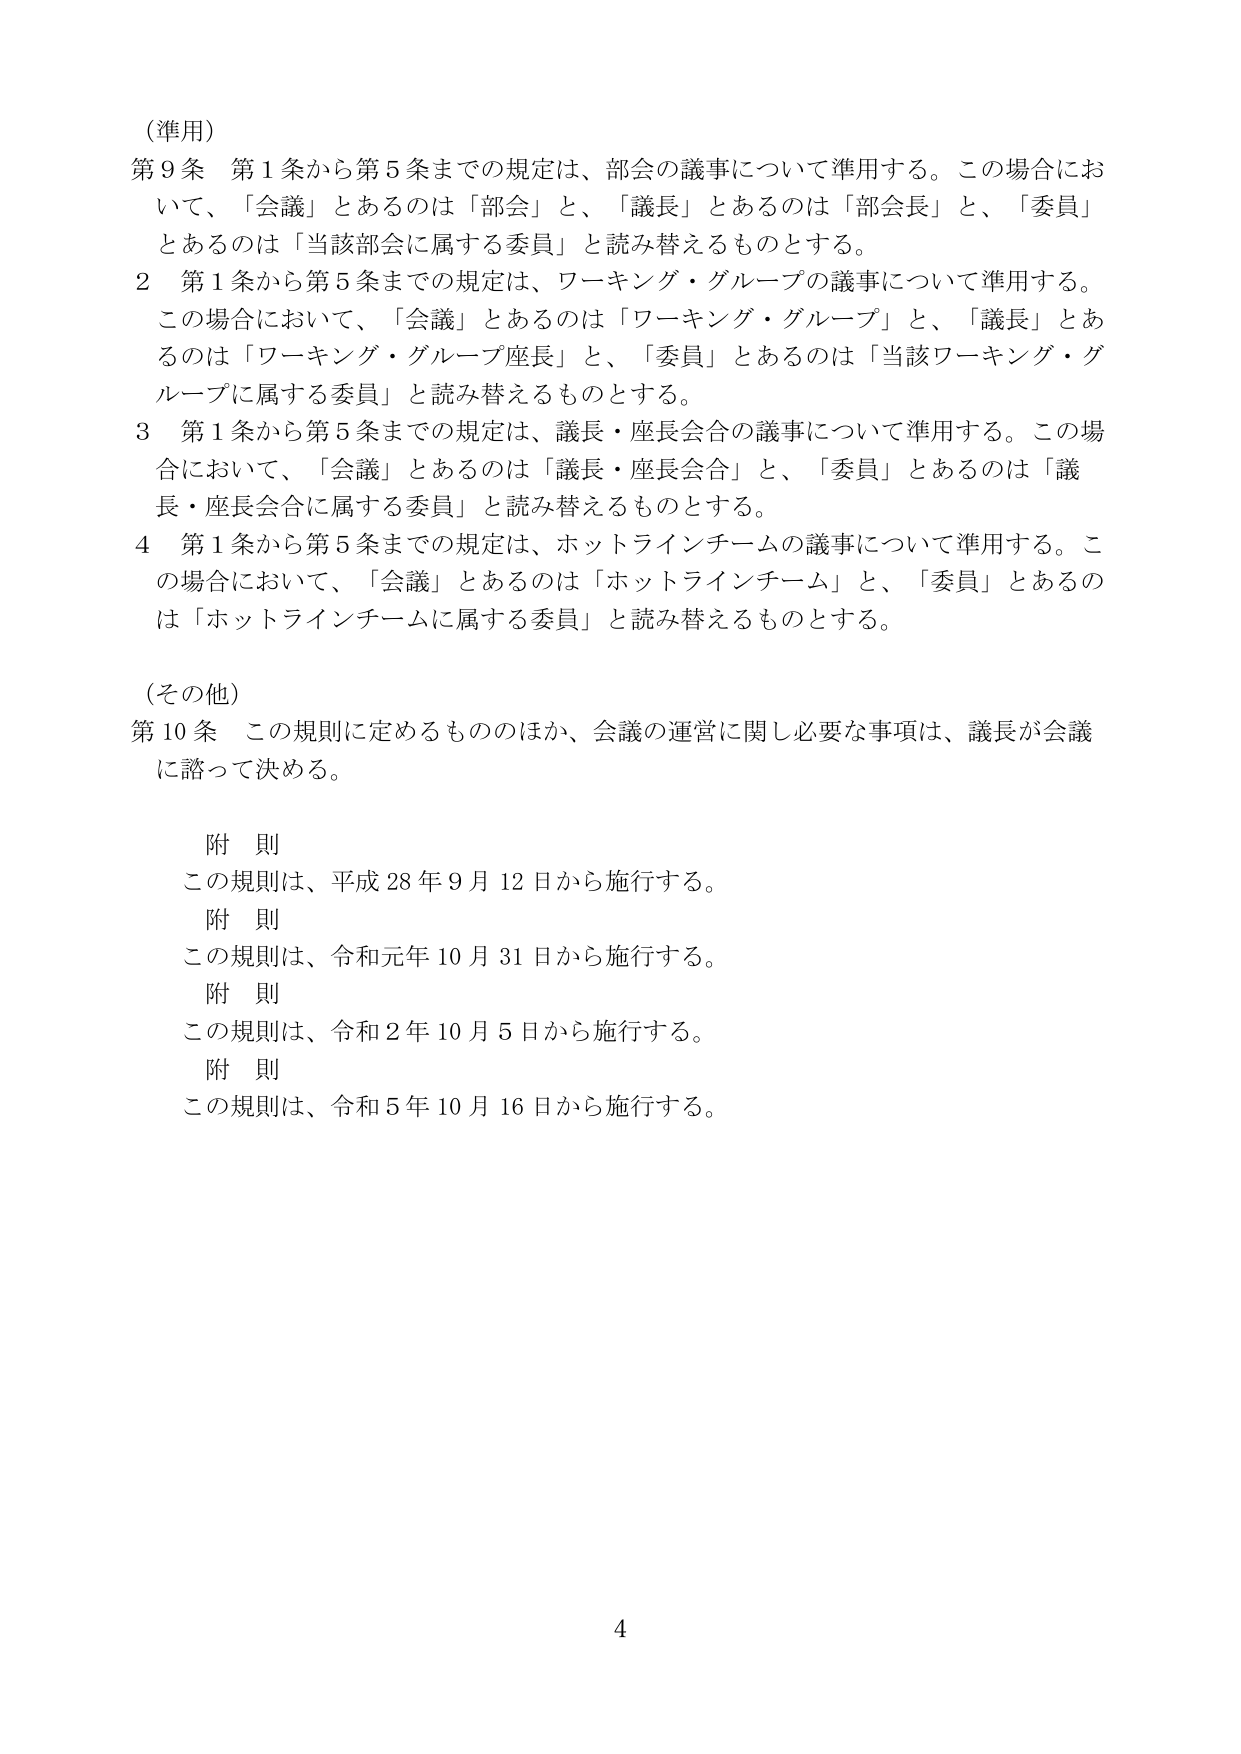
（準用）
第９条 第１条から第５条までの規定は、部会の議事について準用する。この場合において、「会議」とあるのは「部会」と、「議長」とあるのは「部会長」と、「委員」とあるのは「当該部会に属する委員」と読み替えるものとする。
２ 第１条から第５条までの規定は、ワーキング・グループの議事について準用する。この場合において、「会議」とあるのは「ワーキング・グループ」と、「議長」とあるのは「ワーキング・グループ座長」と、「委員」とあるのは「当該ワーキング・グループに属する委員」と読み替えるものとする。
３ 第１条から第５条までの規定は、議長・座長会合の議事について準用する。この場合において、「会議」とあるのは「議長・座長会合」と、「委員」とあるのは「議長・座長会合に属する委員」と読み替えるものとする。
４ 第１条から第５条までの規定は、ホットラインチームの議事について準用する。この場合において、「会議」とあるのは「ホットラインチーム」と、「委員」とあるのは「ホットラインチームに属する委員」と読み替えるものとする。

（その他）
第10条 この規則に定めるもののほか、会議の運営に関し必要な事項は、議長が会議に諮って決める。

附則
この規則は、平成28年9月12日から施行する。
附則
この規則は、令和元年10月31日から施行する。
附則
この規則は、令和2年10月5日から施行する。
附則
この規則は、令和5年10月16日から施行する。

4